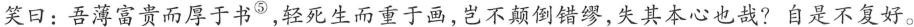
笑日：吾薄富贵而厚于书^{⑤}，轻死生而重于画，岂不颠倒错缪，失其本心也哉?自是不复好。